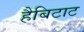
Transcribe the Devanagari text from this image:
हैबिटाट